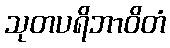
သုတပရိဘာဝိတံ